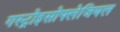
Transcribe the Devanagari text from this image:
गस्ट्रोइसोफ्लेजियल